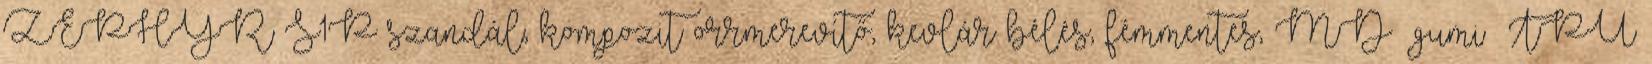
ZEPHYR S1P szandál, kompozit orrmerevítő, kevlár bélés, fémmentes, MD gumi TPU